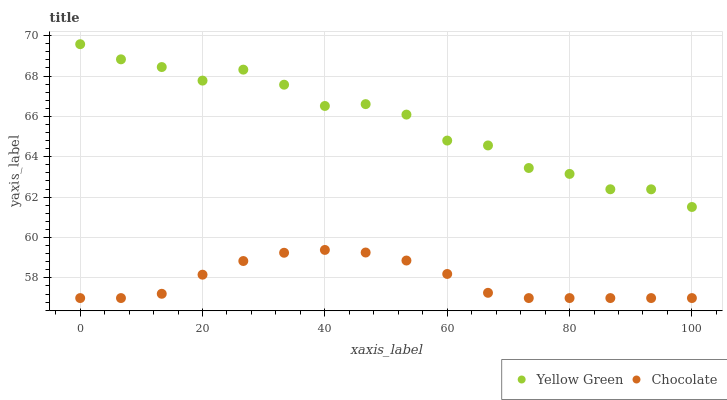
| xaxis_label | Yellow Green | Chocolate |
 | --- | --- | --- |
 | 0 | 69.6 | 57 |
 | 6.67 | 68.8 | 57 |
 | 13.3 | 68.4 | 57.2 |
 | 20 | 67.8 | 58.2 |
 | 26.7 | 68.3 | 58.8 |
 | 33.3 | 67.6 | 59.2 |
 | 40 | 66.5 | 59.4 |
 | 46.7 | 66.6 | 59.3 |
 | 53.3 | 66.1 | 58.9 |
 | 60 | 64.8 | 58.2 |
 | 66.7 | 64.6 | 57.3 |
 | 73.3 | 63.4 | 57 |
 | 80 | 63.2 | 57 |
 | 86.7 | 62.4 | 57 |
 | 93.3 | 62.4 | 57 |
 | 100 | 61.5 | 57 |